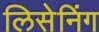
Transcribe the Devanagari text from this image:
लिसेनिंग